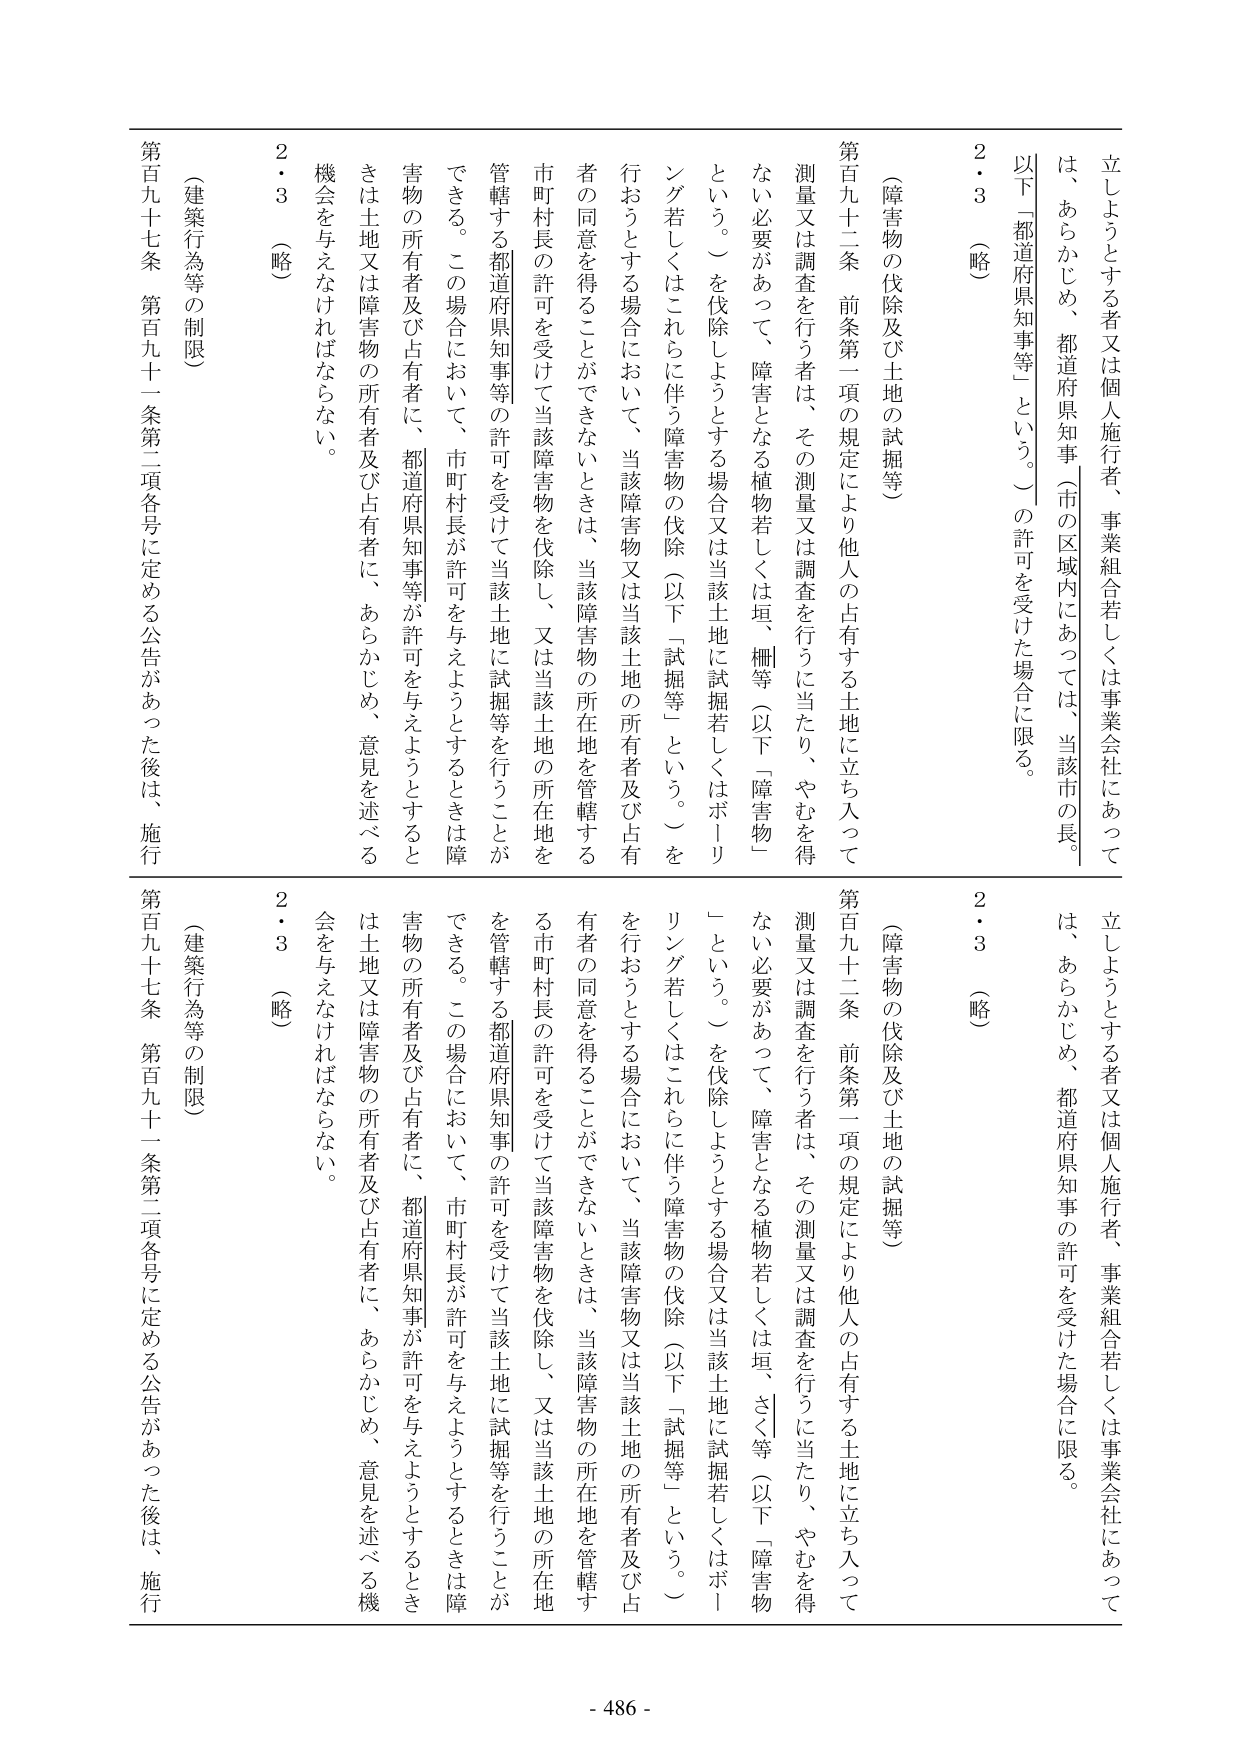
立しようとする者又は個人施行者、事業組合若しくは事業会社にあっては、あらかじめ、都道府県知事（市の区域内にあっては、当該市の長。以下「都道府県知事等」という。）の許可を受けた場合に限る。

2・3 （略）

（障害物の伐除及び土地の試掘等）

第百九十二条 前条第一項の規定により他人の占有する土地に立ち入って測量又は調査を行う者は、その測量又は調査を行うに当たり、やむを得ない必要があって、障害となる植物若しくは垣、柵等（以下「障害物」という。）を伐除しようとする場合又は当該土地に試掘若しくはボーリング若しくはこれらに伴う障害物の伐除（以下「試掘等」という。）を行おうとする場合において、当該障害物又は当該土地の所有者及び占有者の同意を得ることができないときは、当該障害物の所在地を管轄する都道府県知事等の許可を受けて当該障害物を伐除し、又は当該土地の所在地を管轄する都道府県知事等の許可を受けて当該土地に試掘等を行うことができる。この場合において、市町村長が許可を与えようとするときは障害物の所有者及び占有者に、都道府県知事等が許可を与えようとするときは土地又は障害物の所有者及び占有者に、あらかじめ、意見を述べる機会を与えなければならない。

（建築行為等の制限）

第百九十七条 第百九十一条第二項各号に定める公告があった後は、施行

2・3 （略）

（障害物の伐除及び土地の試掘等）

第百九十二条 前条第一項の規定により他人の占有する土地に立ち入って測量又は調査を行う者は、その測量又は調査を行うに当たり、やむを得ない必要があって、障害となる植物若しくは垣、さく等（以下「障害物」という。）を伐除しようとする場合又は当該土地に試掘若しくはボーリング若しくはこれらに伴う障害物の伐除（以下「試掘等」という。）を行おうとする場合において、当該障害物又は当該土地の所有者及び占有者の同意を得ることができないときは、当該障害物の所在地を管轄する都道府県知事の許可を受けて当該障害物を伐除し、又は当該土地の所在地を管轄する都道府県知事の許可を受けて当該土地に試掘等を行うことができる。この場合において、市町村長が許可を与えようとするときは障害物の所有者及び占有者に、都道府県知事が許可を与えようとするときは土地又は障害物の所有者及び占有者に、あらかじめ、意見を述べる機会を与えなければならない。

（建築行為等の制限）

第百九十七条 第百九十一条第二項各号に定める公告があった後は、施行

- 486 -